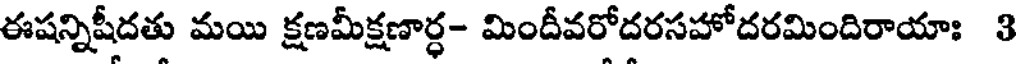
ఈషన్నిషీదతు మయి క్షణమీక్షణార్ధ- మిందీవరోదరసహోదరమిందిరాయాః 3